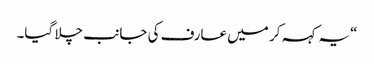
“یہ کہہ کر میں عارف کی جانب چلا گیا۔